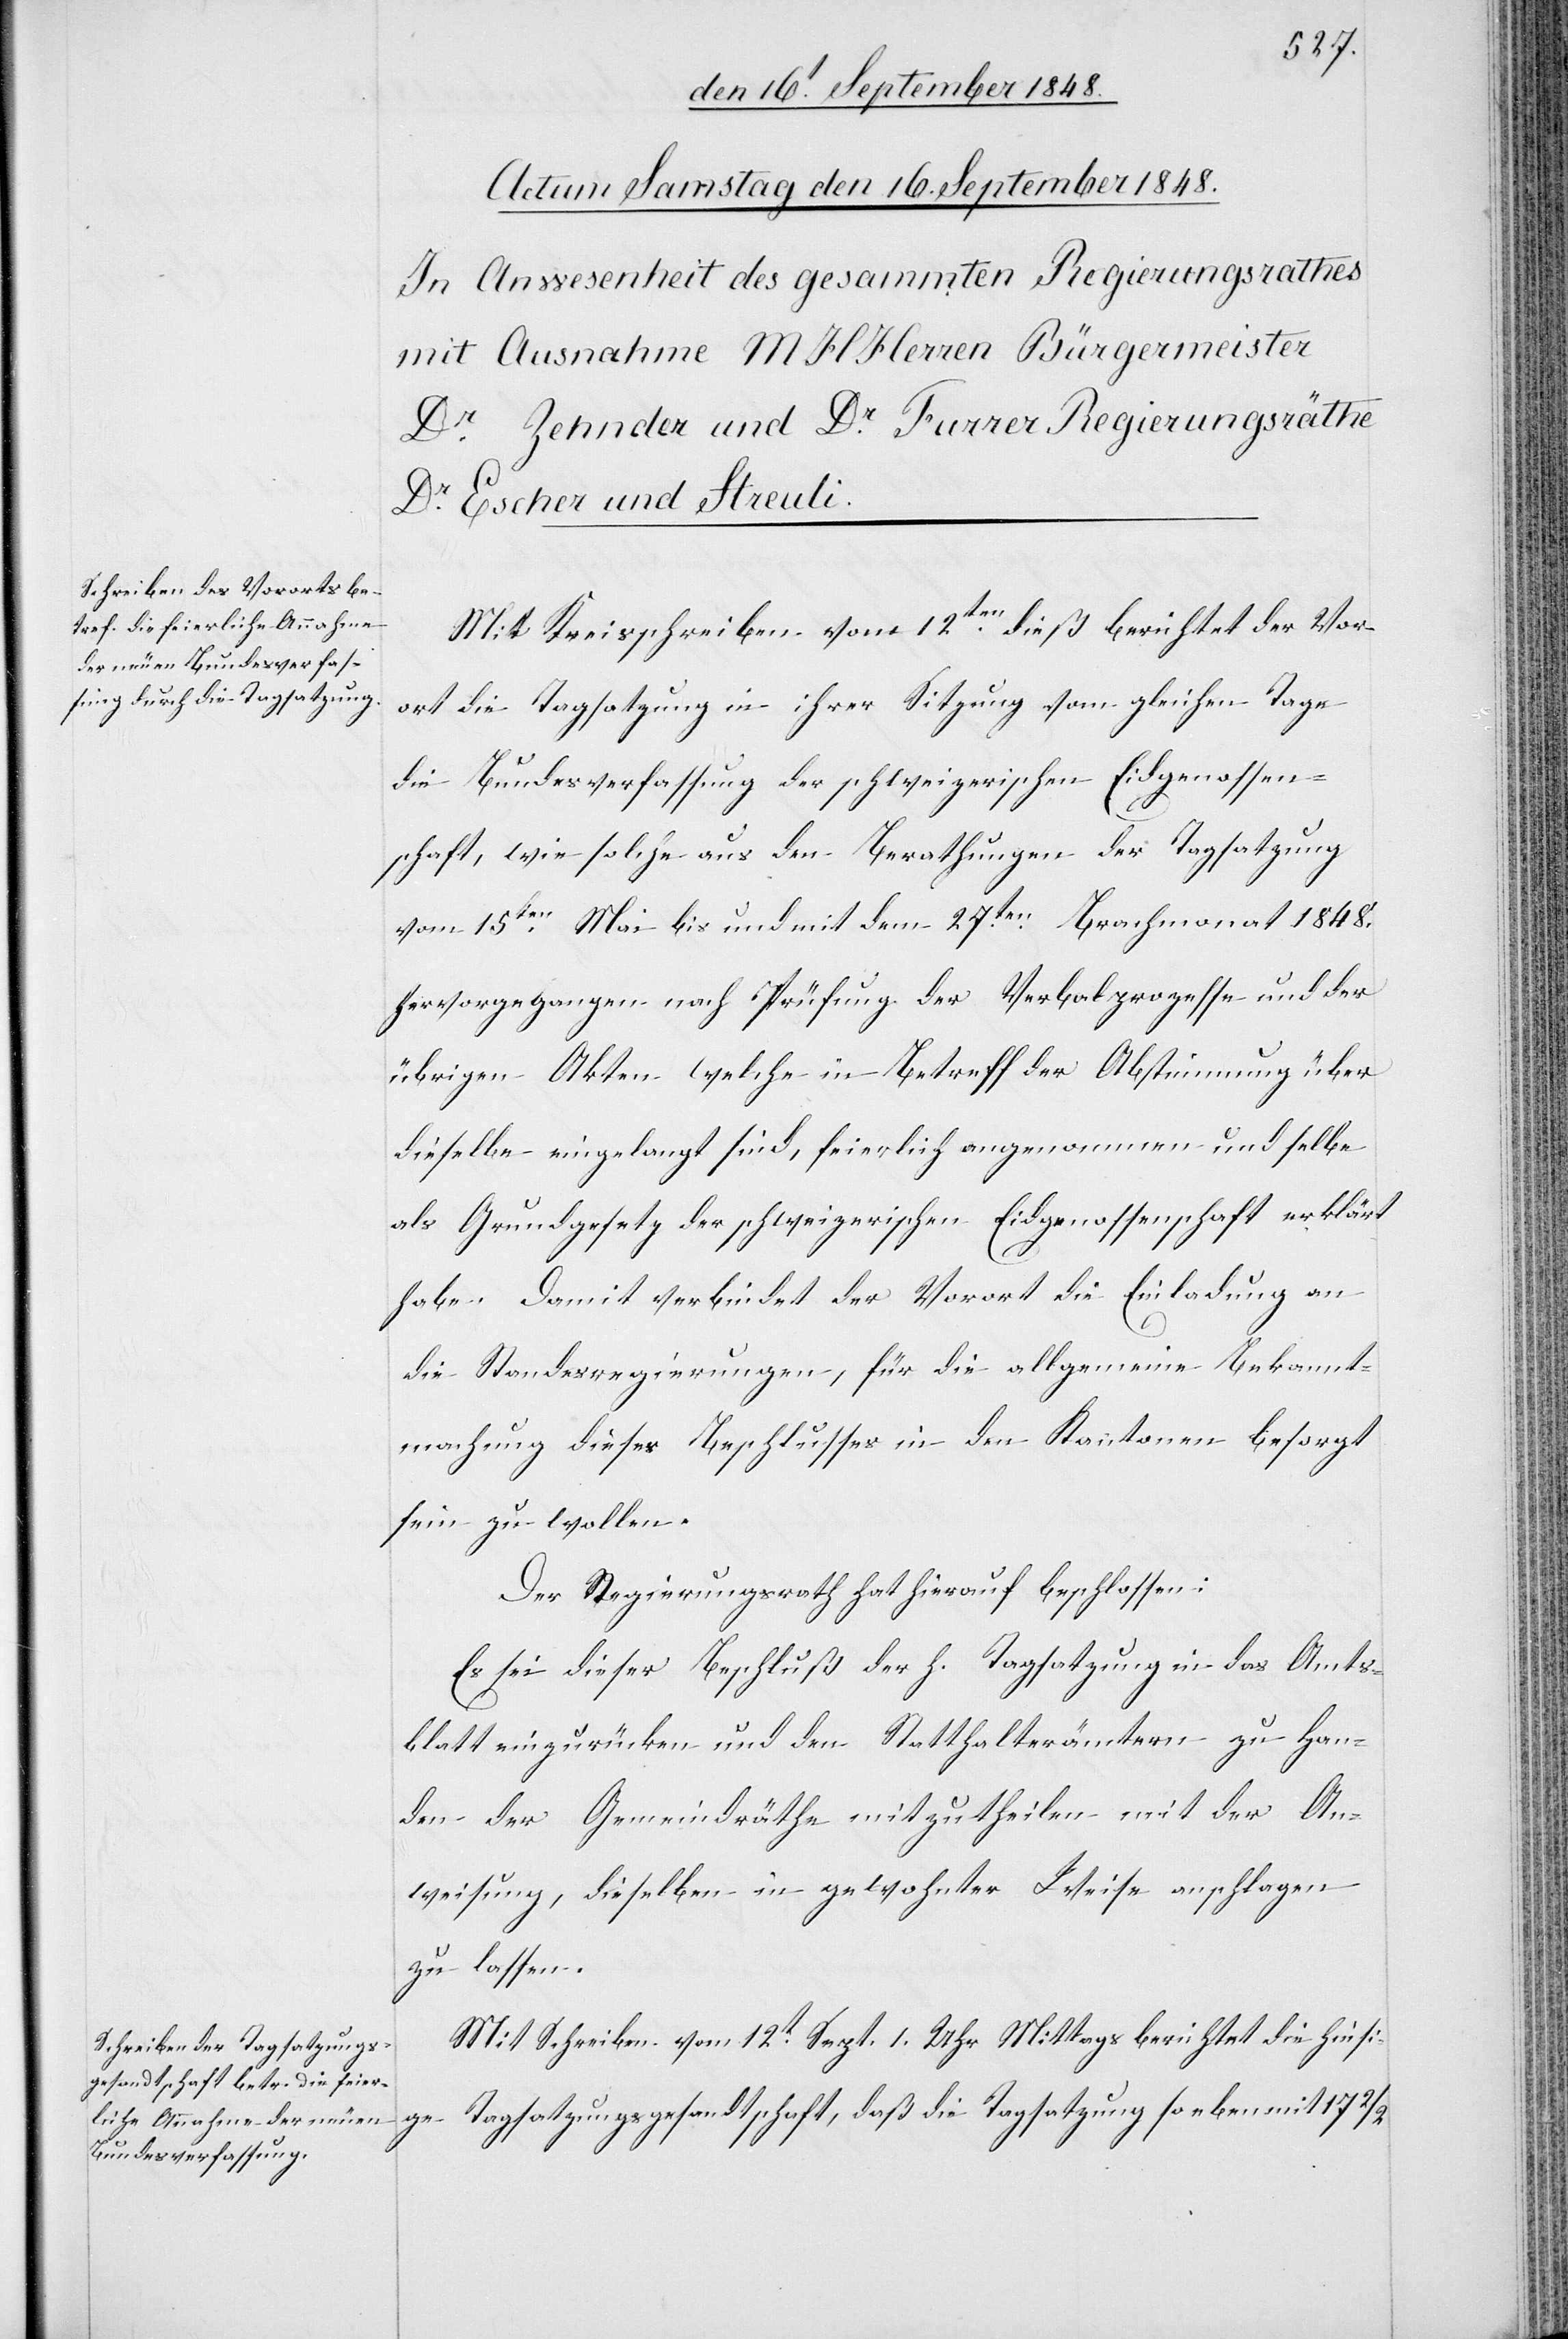
Mit Kreisschreiben vom 12ten dieß berichtet der Vor¬
ort die Tagsatzung in ihrer Sitzung vom gleichen Tage
die Bundesverfassung der schweizerischen Eidgenossen¬
schaft, wie solche aus den Berathungen der Tagsatzung
vom 15ten Mai bis und mit dem 27ten Brachmonat 1848.
hervorgegangen nach Prüfung der Verbalprozesse und der
übrigen Akten welche in Betreff der Abstimmung über
dieselbe eingelangt sind, feierlich angenommen und selbe
als Grundgesetz der schweizerischen Eidgenossenschaft erklärt
habe. Damit verbindet der Vorort die Einladung an
die Standesregierungen, für die allgemeine Bekannt¬
machung dieses Beschlusses in den Kantonen besorgt
sein zu wollen.
Der Regierungsrath hat hierauf beschlossen:
Es sei dieser Beschluß der h. Tagsatzung in das Amts¬
blatt einzurücken und den Statthalterämtern zu Han¬
den der Gemeindräthe mitzutheilen mit der An¬
weisung, dieselben in gewohnter Weise anschlagen
zu lassen.
Mit Schreiben vom 12t Sept. 1. Uhr Mittags berichtet die hiesi¬
ge Tagsatzungsgesandtschaft, daß die Tagsatzung so eben mit 172/2